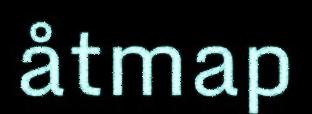
åtmap